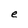
Character: e